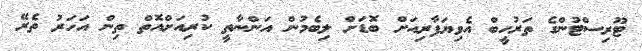
ޓޫރިސްޓުންގެ ތަރުހީބް އެވިޔަފާރިއަށް ބޮޑަށް ލިބެމުން އަންނާތީ ކުރިއަށްއޮތް ތިން އަހަރު ތެރޭ